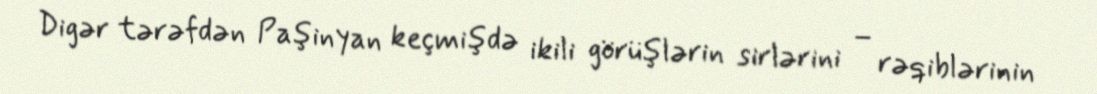
Digər tərəfdən Paşinyan keçmişdə ikili görüşlərin sirlərini – rəqiblərinin